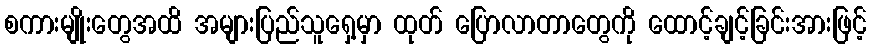
စကားမျိုးတွေအထိ အများပြည်သူရှေ့မှာ ထုတ် ပြောလာတာတွေကို ထောင့်ချင့်ခြင်းအားဖြင့်